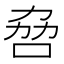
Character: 𫩻